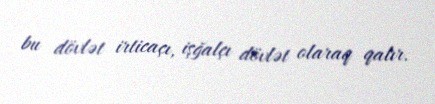
bu dövlət irticaçı, işğalçı dövlət olaraq qalır.